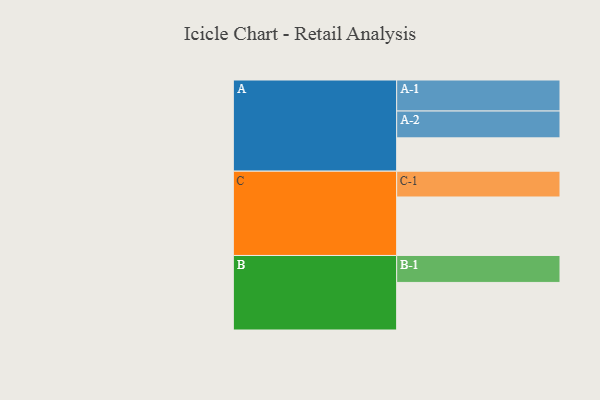
{"axis": {"x": "Segment", "y": "Value"}, "legend": ["", "A", "B", "C"], "data": [{"x": "A", "y": 320, "type": ""}, {"x": "B", "y": 457, "type": ""}, {"x": "C", "y": 562, "type": ""}, {"x": "A-1", "y": 298, "type": "A"}, {"x": "A-2", "y": 258, "type": "A"}, {"x": "B-1", "y": 259, "type": "B"}, {"x": "C-1", "y": 248, "type": "C"}]}